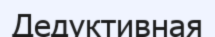
Дедуктивная